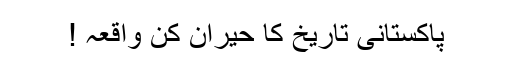
پاکستانی تاریخ کا حیران کن واقعہ !